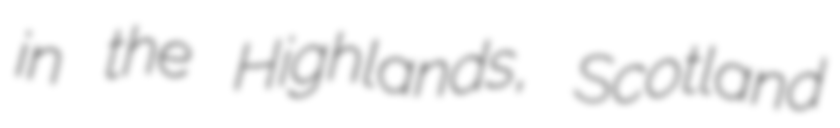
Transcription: in the Highlands, Scotland